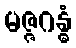
မဇ္ဇဂန္ဓံ